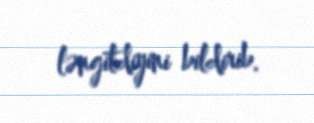
ləngitdiyini bildirib.